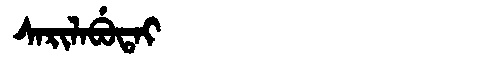
Manchu: ᠰᠠᡵᡳᠯᠠᠪᡠᡨᠠᡳ
Romanization: SARILABUTAI